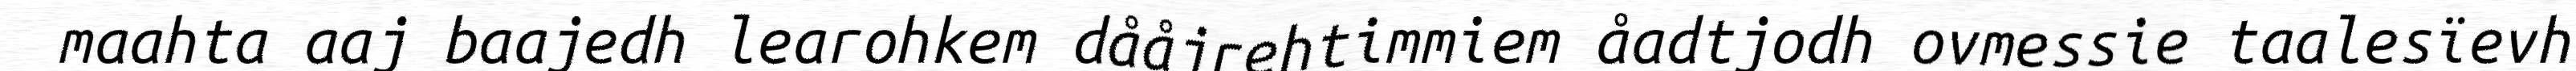
maahta aaj baajedh learohkem dååjrehtimmiem åadtjodh ovmessie taalesïevh